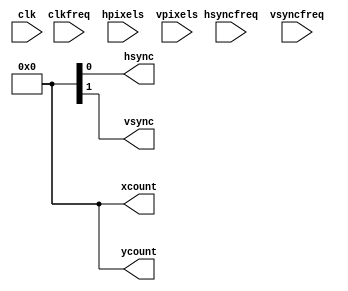
module vga_counters(clk, clkfreq, hpixels, hsyncfreq, vpixels, vsyncfreq, xcount, ycount, hsync, vsync);
	input clk;
	input [31:0] clkfreq;
	
	input [15:0] hpixels, vpixels;
	input [31:0] hsyncfreq;
	input [7:0] vsyncfreq;
	
	output reg [15:0] xcount, ycount;
	output reg hsync, vsync;
	
	initial begin
		xcount = 0;
		ycount = 0;
	end
	
endmodule